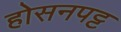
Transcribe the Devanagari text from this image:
होसनपट्ट